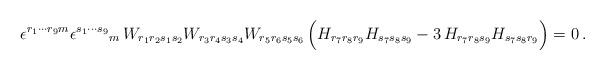
LaTeX: \begin{align*}\epsilon^{r_1\cdots r_9m} \epsilon^{s_1\cdots s_9}{}_m\,W_{r_1r_2s_1s_2} W_{r_3r_4s_3s_4} W_{r_5r_6s_5s_6} \,\Big( H_{r_7r_8r_9} H_{s_7s_8s_9} -3\,H_{r_7r_8s_9}H_{s_7s_8r_9}\Big)=0\, .\end{align*}